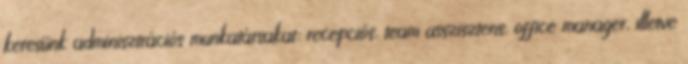
keresünk adminisztrációs munkatársakat: recepciós, team asszisztens, office manager, illetve